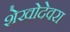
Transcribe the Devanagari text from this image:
शेखोदेवरा